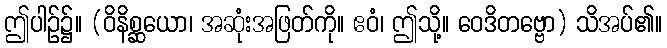
ဤပါဉ်၌။ (ဝိနိစ္ဆယော၊ အဆုံးအဖြတ်ကို။ ဧဝံ၊ ဤသို့။ ဝေဒိတဗ္ဗော) သိအပ်၏။